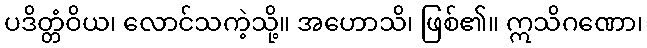
ပဒိတ္တံဝိယ၊ လောင်သကဲ့သို့။ အဟောသိ၊ ဖြစ်၏။ ဣသိဂဏော၊